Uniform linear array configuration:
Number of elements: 32
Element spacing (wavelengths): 1
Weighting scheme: blackman
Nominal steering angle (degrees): -60
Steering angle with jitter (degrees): -61.857
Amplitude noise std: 0.05
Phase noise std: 0.05

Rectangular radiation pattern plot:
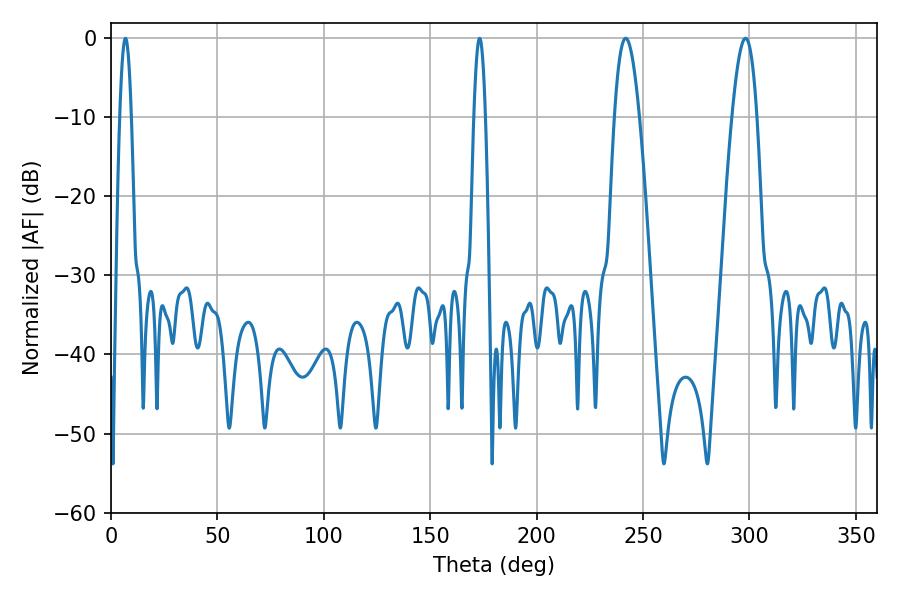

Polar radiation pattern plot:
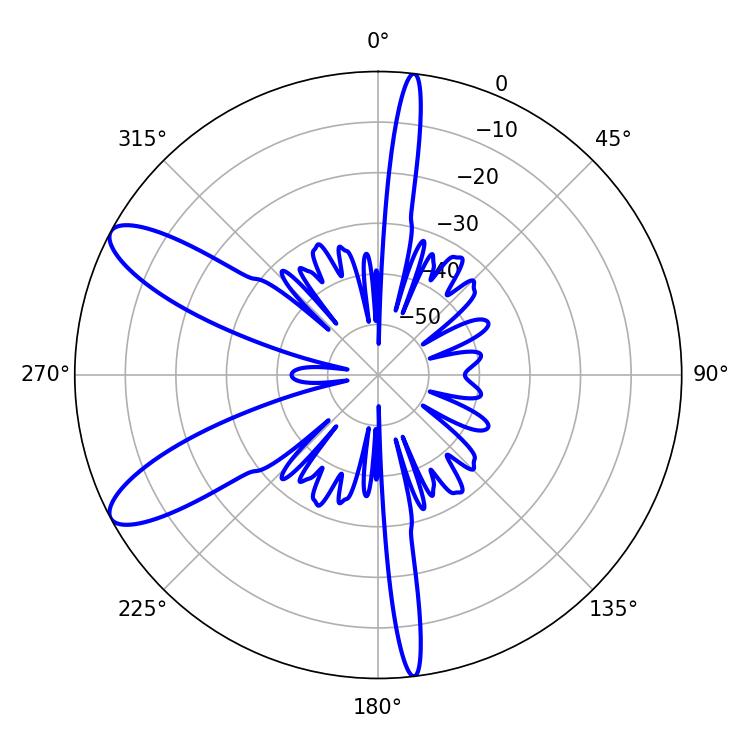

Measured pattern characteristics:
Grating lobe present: TRUE
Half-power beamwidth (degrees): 6.3
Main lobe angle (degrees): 298.08